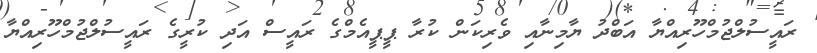
ރައީސުލްޖުމްހޫރިއްޔާ އަބްދު ޔާމިނާއި ވެރިކަން ކުރާ ޕީޕީއެމްގެ ރައީސް އަދި ކުރީގެ ރައީސުލްޖުމްހޫރިއްޔާ